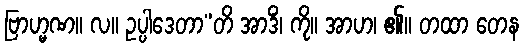
ဗြာဟ္မဏ။ လ။ ဥပ္ပါဒေတာ”တိ အာဒိံ၊ ကို။ အာဟ၊ ၏။ တထာ တေန